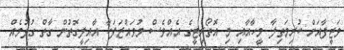
ވަޒީފާއަށް ކުރިމަތިލާ މީހާއާއި މި އޮތޯރިޓީގެ އެއްވެސް މުވައްޒަފަކާ އާއިލީގޮތުން ގާތް ގުޅުމެއް